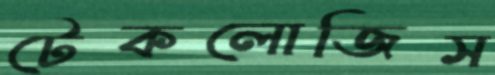
টেকলোজিস